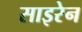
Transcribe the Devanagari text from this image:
साइरेन